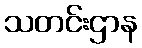
သတင်းဌာန